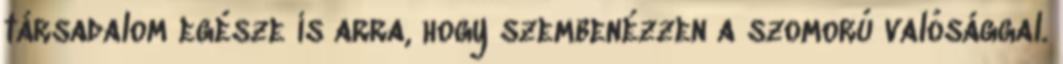
tár­sa­dal­om egésze is ar­ra, hogy szembenézzen a szomorú valósággal.